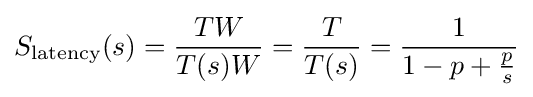
S_{\text{latency}}(s)={\frac {TW}{T(s)W}}={\frac {T}{T(s)}}={\frac {1}{1-p+{\frac {p}{s}}}}